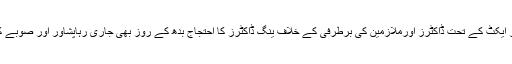
خیبرپختونخوا کے اسپتالوں میں لازمی سروسز ایکٹ کے تحت ڈاکٹرز اورملازمین کی برطرفی کے خلاف ینگ ڈاکٹرز کا احتجاج بدھ کے روز بھی جاری رہاپشاور اور صوبے کے مختلف ہسپتالوں میں اوپی ڈیز کوبند رکھا ۔